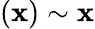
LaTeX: (\mathbf{x})\sim\mathbf{x}